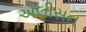
એલીસન